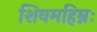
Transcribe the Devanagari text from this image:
शिवमहिम्नः